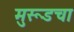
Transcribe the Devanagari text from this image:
मुरूडचा